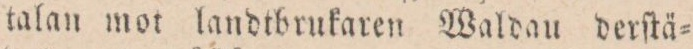
talan mot landtbrukaren Waldau derſtä=